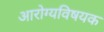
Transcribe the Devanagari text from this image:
अारोग्यविषयक